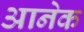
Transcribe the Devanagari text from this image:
आनेक